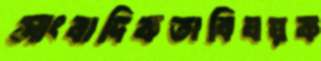
সাংবাদিকতাবিষয়ক